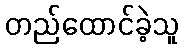
တည်ထောင်ခဲ့သူ